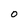
Character: O